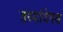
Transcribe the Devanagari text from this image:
तथ्यांवेषण